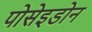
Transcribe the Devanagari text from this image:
पोसेइडोन